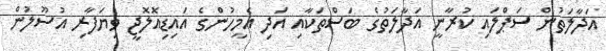
އަދާލަތުން ސަޕްލައި ކުރާނީ އަދާލަތުގެ ބަސްތަކާއި އަދި އެމީހުންގެ އައިޑިއޮލޮޖީ ވިޔަފާރި އުސޫލުން